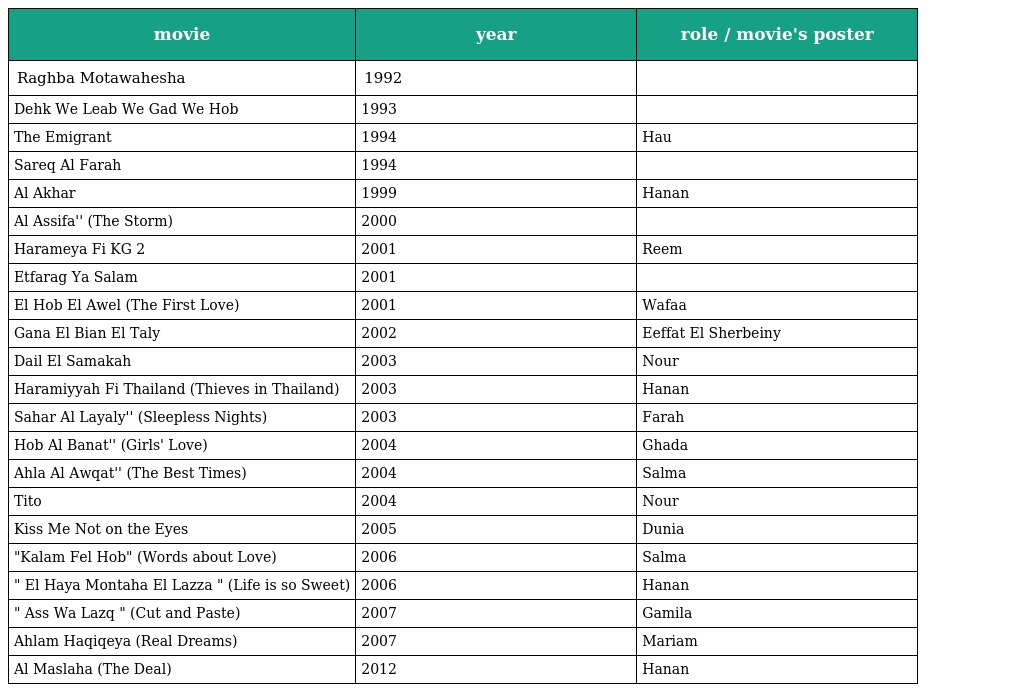
| movie | year | role / movie's poster |
 | --- | --- | --- |
 | Raghba Motawahesha | 1992 |  |
 | Dehk We Leab We Gad We Hob | 1993 |  |
 | The Emigrant | 1994 | Hau |
 | Sareq Al Farah | 1994 |  |
 | Al Akhar | 1999 | Hanan |
 | Al Assifa'' (The Storm) | 2000 |  |
 | Harameya Fi KG 2 | 2001 | Reem |
 | Etfarag Ya Salam | 2001 |  |
 | El Hob El Awel (The First Love) | 2001 | Wafaa |
 | Gana El Bian El Taly | 2002 | Eeffat El Sherbeiny |
 | Dail El Samakah | 2003 | Nour |
 | Haramiyyah Fi Thailand (Thieves in Thailand) | 2003 | Hanan |
 | Sahar Al Layaly'' (Sleepless Nights) | 2003 | Farah |
 | Hob Al Banat'' (Girls' Love) | 2004 | Ghada |
 | Ahla Al Awqat'' (The Best Times) | 2004 | Salma |
 | Tito | 2004 | Nour |
 | Kiss Me Not on the Eyes | 2005 | Dunia |
 | "Kalam Fel Hob" (Words about Love) | 2006 | Salma |
 | " El Haya Montaha El Lazza " (Life is so Sweet) | 2006 | Hanan |
 | " Ass Wa Lazq " (Cut and Paste) | 2007 | Gamila |
 | Ahlam Haqiqeya (Real Dreams) | 2007 | Mariam |
 | Al Maslaha (The Deal) | 2012 | Hanan |